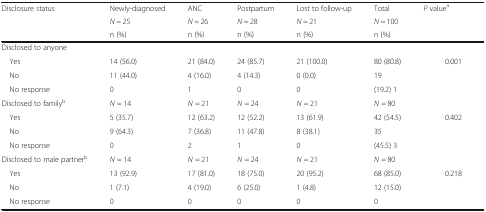
| <ROWSPAN=3> Disclosure status | Newly-diagnosed | ANC | Postpartum | Lost to follow-up | Total | <ROWSPAN=3> P valuea |
 | N = 25 | N = 26 | N = 28 | N = 21 | N = 100 |
 | n (%) | n (%) | n (%) | n (%) | n (%) |
 | --- | --- | --- | --- | --- | --- | --- |
 | <COLSPAN=7> Disclosed to anyone |
 | Yes | 14 (56.0) | 21 (84.0) | 24 (85.7) | 21 (100.0) | 80 (80.8) | <ROWSPAN=4> 0.001 |
 | No | 11 (44.0) | 4 (16.0) | 4 (14.3) | 0 (0.0) | 19 |
 | No response | 0 | 1 | 0 | 0 | (19.2) 1 |
 | Disclosed to familyb | N = 14 | N = 21 | N = 24 | N = 21 | N = 80 |
 | Yes | 5 (35.7) | 12 (63.2) | 12 (52.2) | 13 (61.9) | 42 (54.5) | <ROWSPAN=4> 0.402 |
 | No | 9 (64.3) | 7 (36.8) | 11 (47.8) | 8 (38.1) | 35 |
 | No response | 0 | 2 | 1 | 0 | (45.5) 3 |
 | Disclosed to male partnerb | N = 14 | N = 21 | N = 24 | N = 21 | N = 80 |
 | Yes | 13 (92.9) | 17 (81.0) | 18 (75.0) | 20 (95.2) | 68 (85.0) | <ROWSPAN=3> 0.218 |
 | No | 1 (7.1) | 4 (19.0) | 6 (25.0) | 1 (4.8) | 12 (15.0) |
 | No response | 0 | 0 | 0 | 0 | 0 |